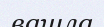
вашла